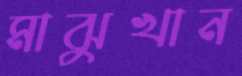
মাঝুখান